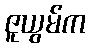
ဇူယွမ်က